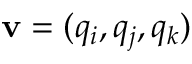
\mathbf { v } = ( q _ { i } , q _ { j } , q _ { k } )